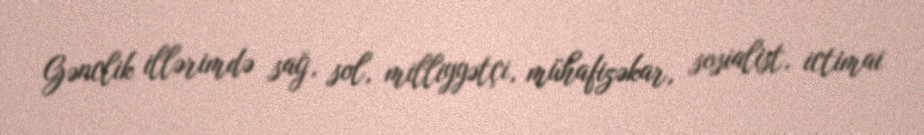
Gənclik illərimdə sağ, sol, milliyyətçi, mühafizəkar, sosialist, ictimai